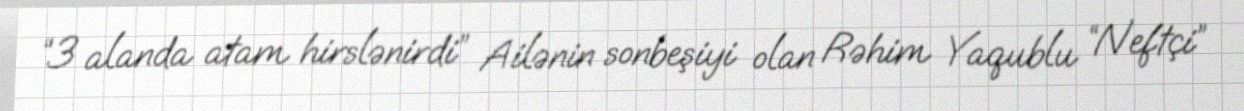
“3 alanda atam hirslənirdi” Ailənin sonbeşiyi olan Rəhim Yaqublu “Neftçi”